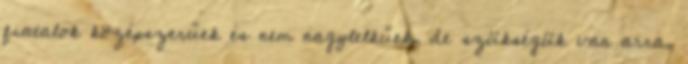
fiatalok középszerűek és nem nagylelkűek, de szükségük van arra,